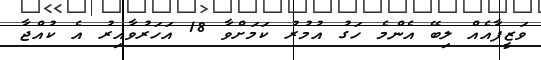
ވަޒީފާއެއް ލިބޭ އެންމެ ހަގު އުމުރު ކަމަށްވާ 18 އަހަރުވާއިރު އެ ކުއްޖާ